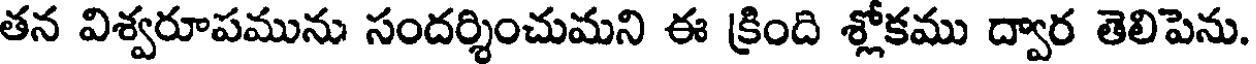
తన విశ్వరూపమును సందర్శించుమని ఈ క్రింది శ్లోకము ద్వార తెలిపెను.